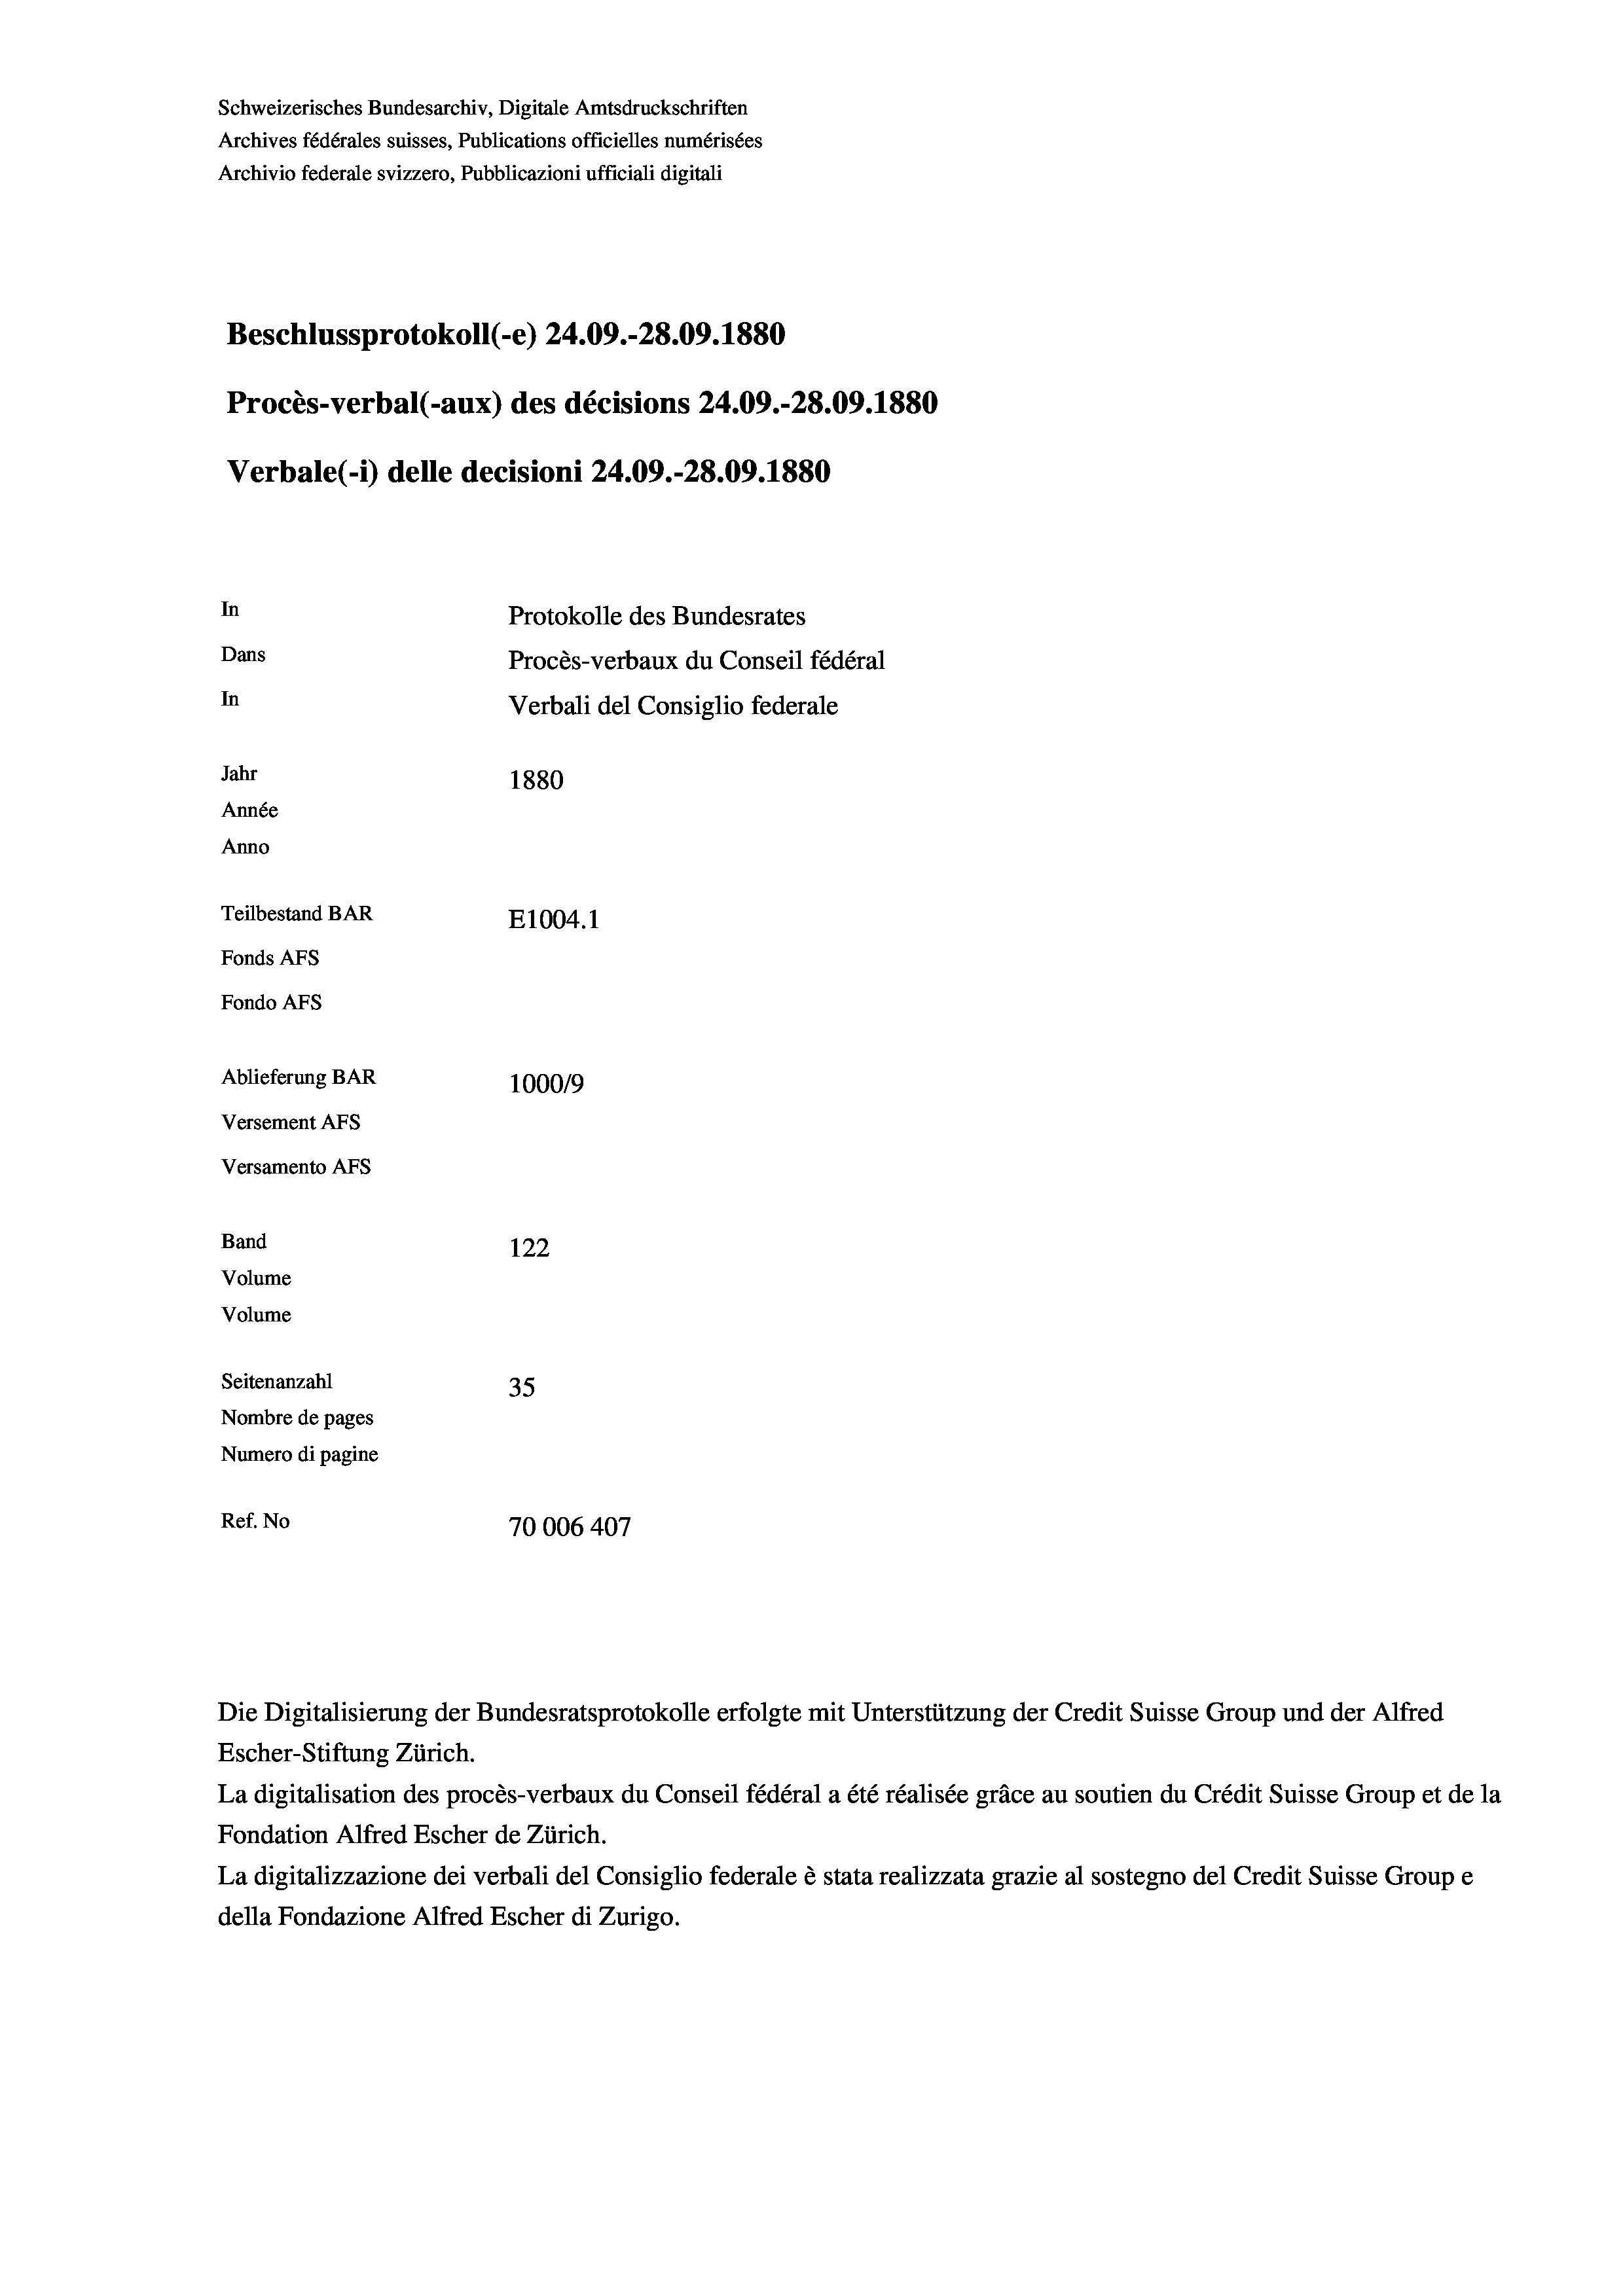
Schweizerisches Bundesarchiv, Digitale Amtsdruckschriften
Archives fédérales suisses, Publications officielles numérisées
Archivio federale svizzero, Pubblicazioni ufficiali digitali
Beschlussprotokoll (-e) 24.09.-28.09. 1880
Procès-verbal (-aux) des décisions 24.09.-28.09. 1880
Verbale(-*) delle decisioni 24.09.-28.09. 1880
In
Protokolle des Bundesrates
Dans
Procès-verbaux du Conseil fédéral
In
Verbali del Consiglio federale
Jahr
1880
Année
Anno
Teilbestand BAR
E1004.1
Fonds AFs
Fondo AFS
Ablieferung BAR
100019
Versement AFs
Versamento AFs
Band
122
Volume
Volume
Seitenanzahl
35
Nombre de pages
Numero di pagine
Ref. No
70006 407

Escher-Stiftung Zürich.
La digitalisation des procès-verbaux du Conseil fédéral a été réalisée gräce au soutien du Crédit Suisse Group et de la
Fondation Alfred Escher de Zürich.
La digitalizzazione dei verbali del Consiglio federale è stata realizzata grazie al sostegno del Credit Suisse Groupe
della Fondazione Alfred Escher di Zurigo.

Die Digitalisierung der Bundesratsprotokolle erfolgte mit Unterstützung der Credit Suisse Group und der Alfred